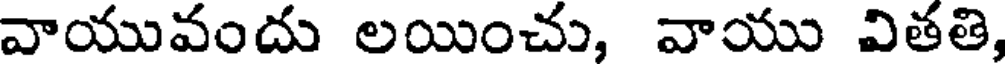
వాయువందు లయించు, వాయు వితతి,